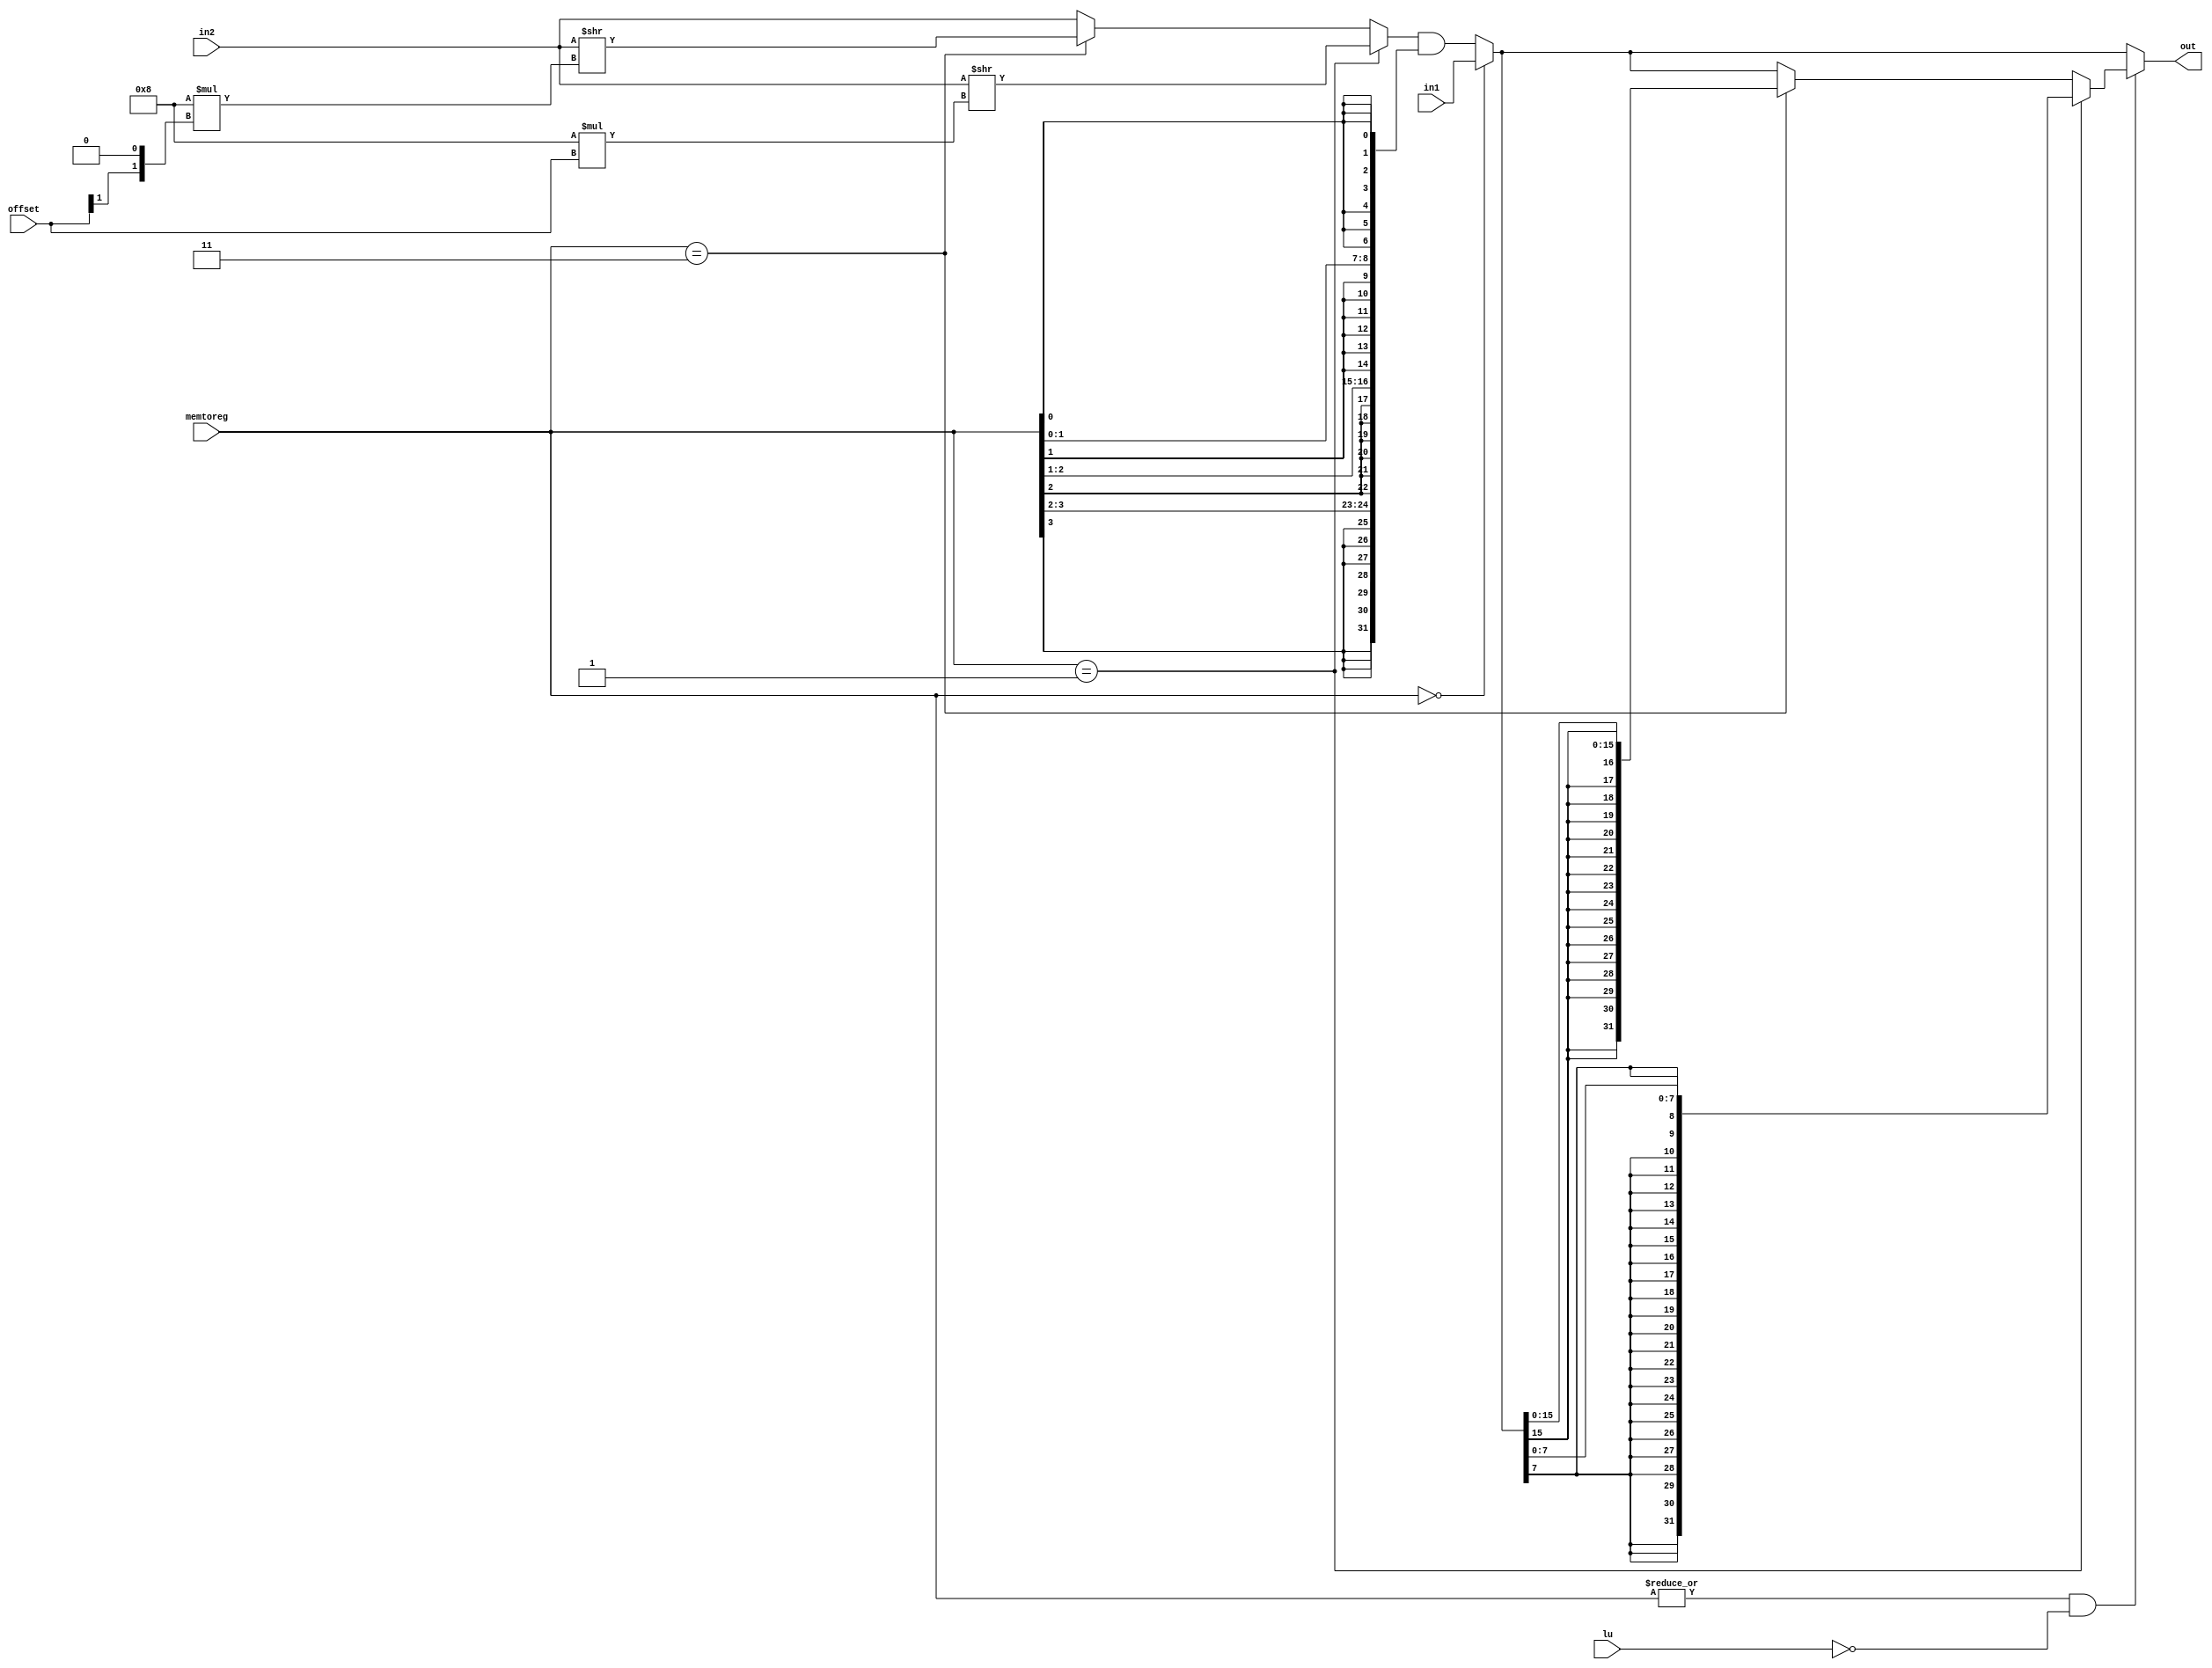
`timescale 1ns / 1ps
//////////////////////////////////////////////////////////////////////////////////
// Company: 
// Engineer: 
// 
// Design Name: 
// Module Name: ldmux
// Project Name: 
// Target Devices: 
// Tool Versions: 
// Description: 
// 
// Dependencies: 
// 
// Revision:
// Revision 0.01 - File Created
// Additional Comments:
// 
//////////////////////////////////////////////////////////////////////////////////


module ldmux(
    input wire [31:0] in1, in2,
    input wire [3:0] memtoreg,
    input wire [1:0] offset,
    input wire lu,
    output wire [31:0] out
    );
    
    reg [31:0] outreg,outregtmp;
    reg [31:0] numshift;
    
    always@(*) begin
        if(memtoreg == 4'b0001) numshift = in2 >> (8 * offset);
        else if(memtoreg == 4'b0011) numshift = in2 >> (8 * {offset[1], 1'b0});
        else numshift = in2;
    
        case(memtoreg)
            4'b0000: outregtmp = in1;
            default: outregtmp = numshift & ({{8{memtoreg[3]}}, {8{memtoreg[2]}}, {8{memtoreg[1]}}, {8{memtoreg[0]}}});
        endcase
        
        if((|memtoreg) && ~lu) begin
            if(memtoreg == 4'b0001) outreg = {{24{outregtmp[7]}}, outregtmp[7:0]};
            else if(memtoreg == 4'b0011) outreg = {{16{outregtmp[15]}}, outregtmp[15:0]};
            else outreg = outregtmp;
        end
        else outreg = outregtmp;
    end
    
    assign out = outreg;
    
endmodule